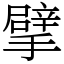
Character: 擘